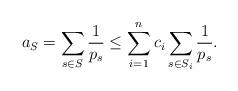
LaTeX: \begin{align*} a_S = \sum_{s \in S} \frac 1{p_s} \le \sum_{i=1}^n c_i \sum_{s \in S_i} \frac 1{p_s}.\end{align*}